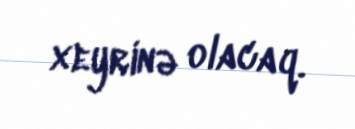
xeyrinə olacaq.